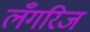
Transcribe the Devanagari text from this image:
लँगरिज